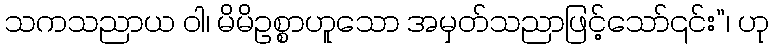
သကသညာယ ဝါ၊ မိမိဥစ္စာဟူသော အမှတ်သညာဖြင့်သော်၎င်း”၊ ဟု